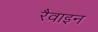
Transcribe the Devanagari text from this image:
रैवाइन